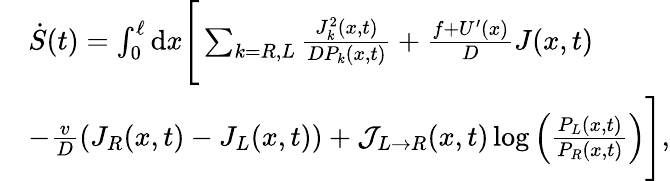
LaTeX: \begin{array}{rl}&{\dot{S}(t)=\int_{0}^{\ell}\mathrm{d}x\Bigg[\sum_{k=R,L}\frac{J_{k}^{2}(x,t)}{DP_{k}(x,t)}+\frac{f+U^{\prime}(x)}{D}J(x,t)}\\ &{-\frac{v}{D}\left(J_{R}(x,t)-J_{L}(x,t)\right)+\mathcal{J}_{L\rightarrow R}(x,t)\log\left(\frac{P_{L}(x,t)}{P_{R}(x,t)}\right)\Bigg],}\end{array}